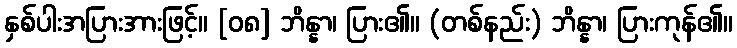
နှစ်ပါးအပြားအားဖြင့်။ [၀၈] ဘိန္နာ၊ ပြား၏။ (တစ်နည်း) ဘိန္နာ၊ ပြားကုန်၏။